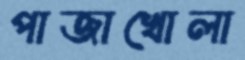
পাজাখোলা